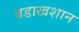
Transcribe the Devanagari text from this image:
बडाखशान